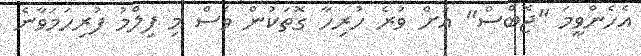
އެހެންވީމަ "ޖޮބްސް" އަށް ވުރެ ހުރިހާ ގޮތަކުން ވެސް މި ފިލްމު ފުރިހަމަވާނެ